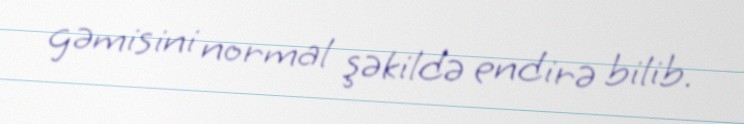
gəmisini normal şəkildə endirə bilib.